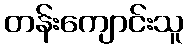
တန်းကျောင်းသူ